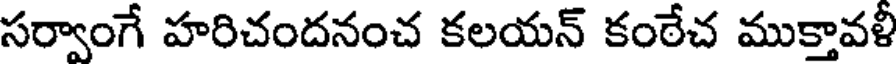
సర్వాంగే హరిచందనంచ కలయన్ కంఠేచ ముక్తావళీ